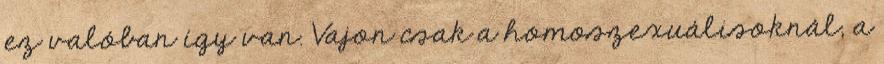
ez valóban így van. Vajon csak a homoszexuálisoknál, a